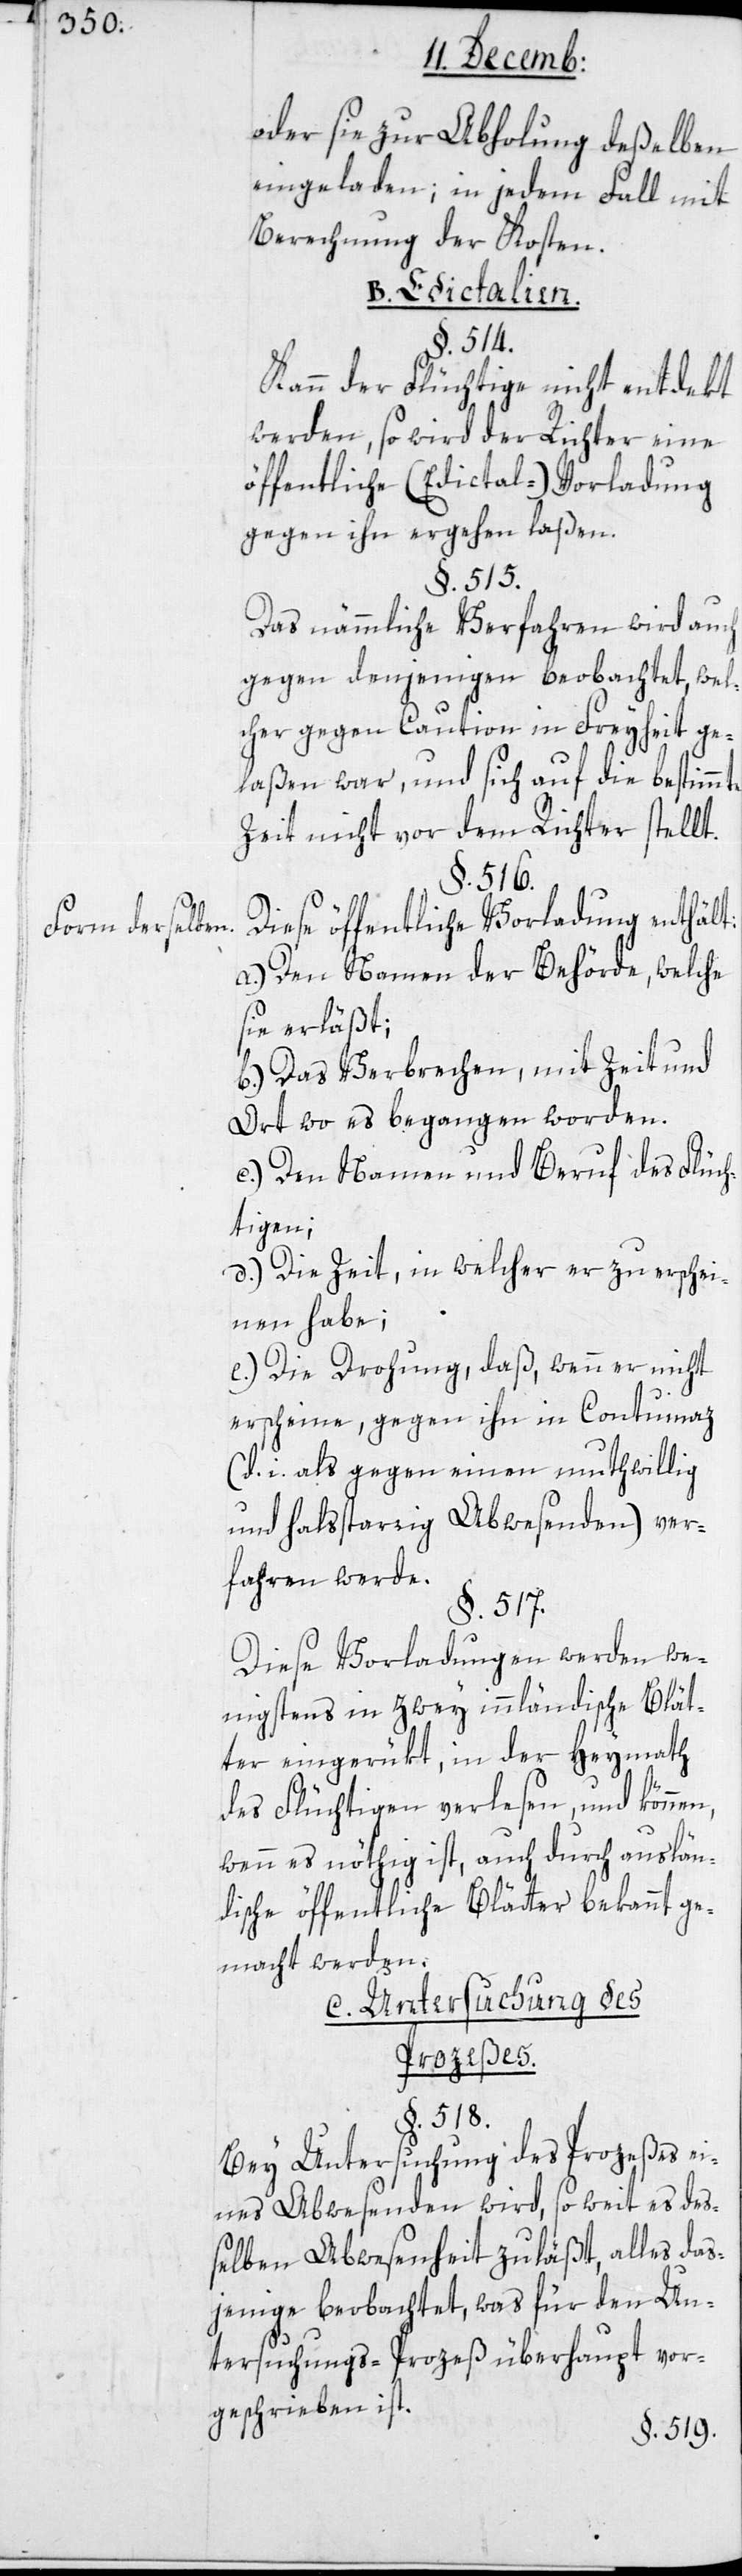
Form derselben.

oder sie zur Abholung deßelben
eingeladen, in jedem Fall mit
Berechnung der Kosten.
§. 514.
Kann der Flüchtige nicht entdekt
werden, so wird der Richter eine
öffentliche (Edictal-) Vorladung
gegen ihn ergehen laßen.
§. 515.
Das nämmliche Verfahren wird auch
gegen denjenigen beobachtet, wel¬
cher gegen Caution in Freyheit ge¬
laßen war, und sich auf die beßtimmte
Zeit nicht vor dem Richter stellt.
§. 516.
Diese öffentliche Vorladung enthält:
a.) den Namen der Behörde, welche
sie erläßt.
b.) Das Verbrechen, mit Zeit und
Ort wo es begangen worden.
c.) Den Namen und Beruf des Flüch¬
tigen;
d.) Die Zeit, in welcher er zu erschei¬
nen habe;
e.) Die Drohung, daß, wenn er nicht
erscheine, gegen ihn in Contumaz
(d. i. als gegen einen muthwillig
und halsstarrig Abwesenden) ver¬
fahren werde.
§. 517.
Diese Vorladungen werden we¬
nigstens in zwey innländischen Blät¬
ter eingerükt, in der Heymath
des Flüchtigen verlesen, und können,
wenn es nöthig ist, auch durch auslän¬
dische öffentliche Blätter bekannt ge¬
macht werden.
C. Untersuchung des
Prozeßes.
§. 518.
Bey Untersuchung des Prozeßes ei¬
nes Abwesenden wird, soweit es des¬
selben Abwesenheit zuläßt, alles das¬
jenige beobachtet, was für den Un¬
tersuchungs-Prozeß überhaupt vor¬
geschrieben ist.